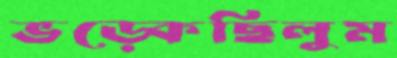
ভড়্‌কেছিলুম